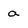
Character: a